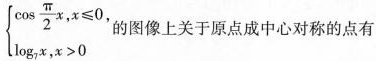
$$\left\{ \begin{matrix} \cos \frac{\pi}{2}x,x \leq 0 ,\\ \log _{7}x,x>0 \end{matrix} \right.$$的图像上关于原点成中心对称的点有